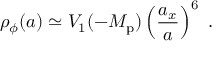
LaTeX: \rho _ { \phi } ( a ) \simeq V _ { 1 } ( - M _ { \mathrm { p } } ) \left( \frac { a _ { x } } { a } \right) ^ { 6 } \ .